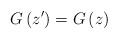
LaTeX: \begin{align*}G\left( z^{\prime }\right) =G\left( z\right)\end{align*}